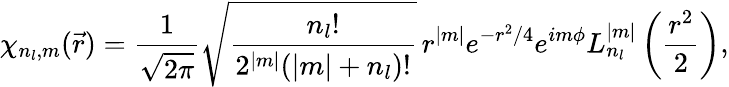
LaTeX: \chi_{n_{l},m}(\vec{r})=\frac{1}{\sqrt{2\pi}}\sqrt{\frac{n_{l}!}{2^{|m|}(|m|+n_{l})!}}\, r^{|m|}e^{-r^{2}/4}e^{im\phi}L_{n_{l}}^{|m|}\left(\frac{r^{2}}{2}\right),